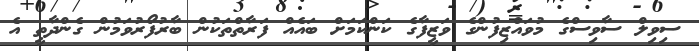
ސިވިލް ސާވިސްގެ މުވައްޒިފުންގެ ވަޒީފާގެ ކަންކަމަށް ބައެއް ފަރާތްތަކުން ބާރުފޯރުވަމުން ގެންދާތީ އެ